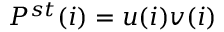
P ^ { s t } ( i ) = u ( i ) v ( i )